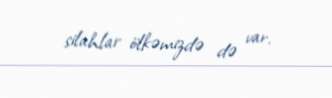
silahlar ölkəmizdə də var.